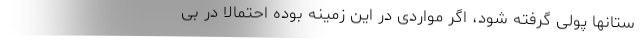
ستانها پولی گرفته شود، اگر مواردی در این زمینه بوده احتمالا در بی